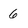
Character: 6